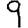
Digit: 9